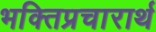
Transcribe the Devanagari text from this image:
भक्तिप्रचारार्थ